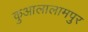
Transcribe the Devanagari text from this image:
कुआलालामपुर